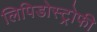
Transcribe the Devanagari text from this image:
लिपिडोस्ट्रोफी